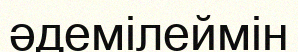
әдемілеймін